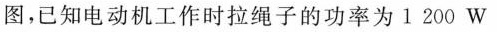
图，已知电动机工作时拉绳子的功率为1200W